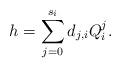
LaTeX: \begin{align*}h=\sum\limits_{j=0}^{s_i}d_{j,i}Q_i^j.\end{align*}